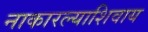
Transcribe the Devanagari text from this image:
नाकारल्याशिवाय